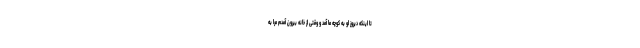
تا اینکه دیروز او به کوچه ما آمد و وقتی از خانه بیرون آمدم مرا به